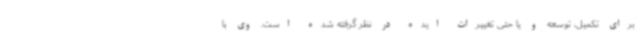
برای تکمیل، توسعه و یا حتی تغییرات ایده در نظر گرفته شده است. وی با